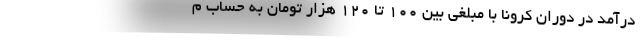
درآمد در دوران کرونا با مبلغی بین ۱۰۰ تا ۱۲۰ هزار تومان به حساب م